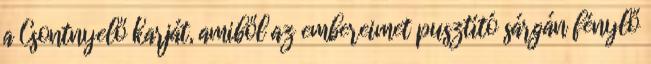
a Csontnyelő karját, amiből az embereimet pusztító sárgán fénylő